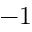
- 1